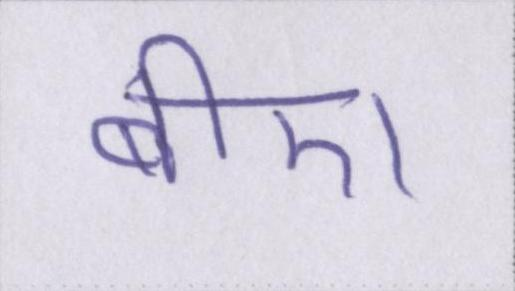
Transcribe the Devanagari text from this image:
बीए